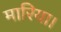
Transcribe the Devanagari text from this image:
मारिया।